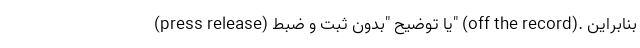
(press release) یا توضیح "بدون ثبت و ضبط" (off the record). بنابراین